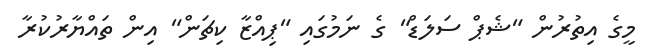
މީގެ އިތުރުން "ޝެޕް ސަލަޑް" ގެ ނަމުގައި "ޕިއްޒާ ކިޗަން" އިން ތައްޔާރުކުރާ